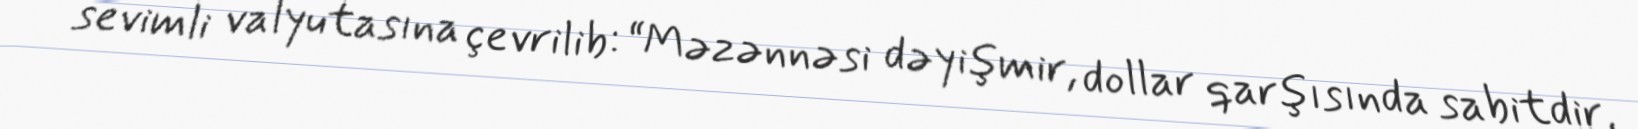
sevimli valyutasına çevrilib: “Məzənnəsi dəyişmir, dollar qarşısında sabitdir,